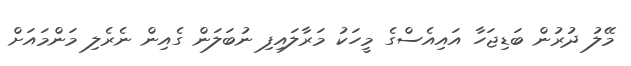
މޭލު ދުރުން ބަޑިޖަހާ އައިއެސްގެ މީހަކު މަރާލައިފި ނުބަލަން ގެއިން ނެރެލި މަންމައަށް